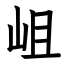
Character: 岨